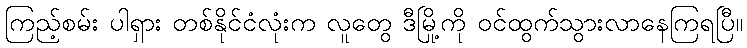
ကြည့်စမ်း ပါရှား တစ်နိုင်ငံလုံးက လူတွေ ဒီမြို့ကို ဝင်ထွက်သွားလာနေကြရပြီ။